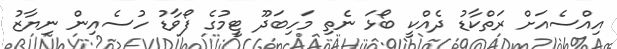
އިއްސެއަށް ރަތްކާޑު ދެއްކީ ބޯޅަ ނެތި މަހިބަދޫ ޓީމުގެ ފޯވާޑު ހުސެއިން ނިޔާޒު